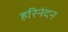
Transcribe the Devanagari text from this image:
हरिनंदन